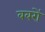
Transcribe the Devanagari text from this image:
बबरों